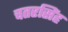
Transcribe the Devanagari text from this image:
चतरसिंह